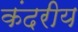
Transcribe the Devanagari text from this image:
कंदरीय